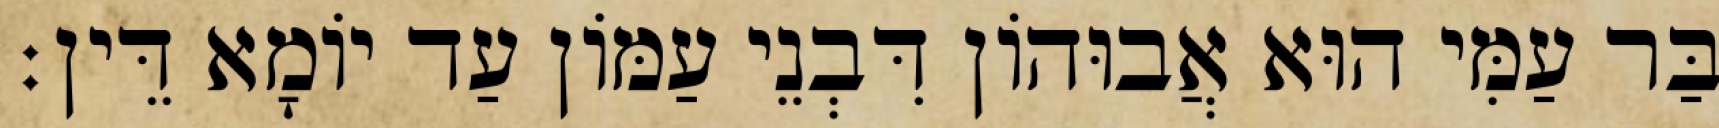
בַּר עַמִּי הוּא אֲבוּהוֹן דִּבְנֵי עַמּוֹן עַד יוֹמָא דֵּין׃